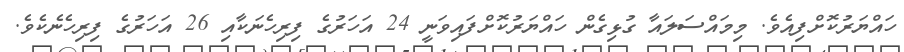
ހައްޔަރުކޮށްފިއެވެ. މިމައްސަލައާ ގުޅިގެން ހައްޔަރުކޮށްފައިވަނީ 24 އަހަރުގެ ފިރިހެނަކާއި 26 އަހަރުގެ ފިރިހެނެކެވެ.